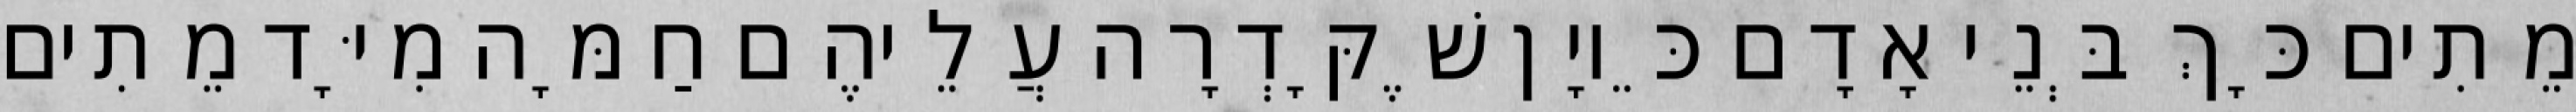
מֵתִים כָּךְ בְּנֵי אָדָם כֵּיוָן שֶׁקָּדְרָה עֲלֵיהֶם חַמָּה מִיָּד מֵתִים